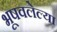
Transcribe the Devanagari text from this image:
भूषवलेल्या